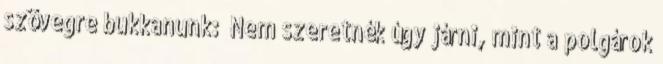
szövegre bukkanunk: „Nem szeretnék úgy járni, mint a polgárok